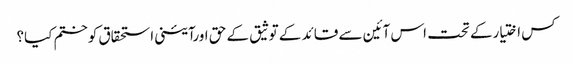
کس اختیارکے تحت اس آئین سے قائد کے توثیق کے حق اورآئینی استحقاق کوختم کیا؟